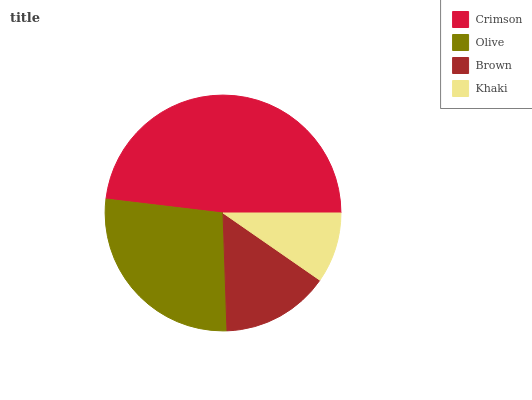
| Crimson | Olive | Brown | Khaki |
 | --- | --- | --- | --- |
 | 48.1% | 27.4% | 14.8% | 9.67% |